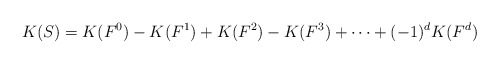
\begin{align*}K(S) = K(F^0) - K(F^1) + K(F^2) - K(F^3) +\dots+(-1)^d K( F^d)\end{align*}